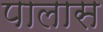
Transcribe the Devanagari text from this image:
पालास